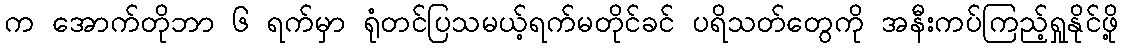
က အောက်တိုဘာ ၆ ရက်မှာ ရုံတင်ပြသမယ့်ရက်မတိုင်ခင် ပရိသတ်တွေကို အနီးကပ်ကြည့်ရှုနိုင်ဖို့